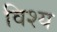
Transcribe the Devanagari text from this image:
विश्य